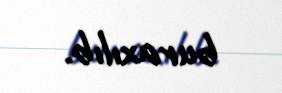
buraxılıb.